Document type: payment_order
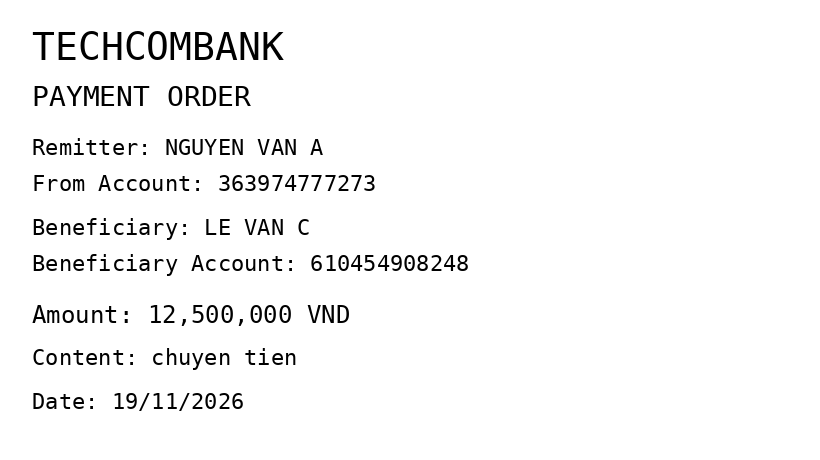
OCR transcript:
TECHCOMBANK
PAYMENT ORDER
Remitter: NGUYEN VAN A
From Account: 363974777273
Beneficiary: LE VAN C
Beneficiary Account: 610454908248
Amount: 12,500,000 VND
Content: chuyen tien
Date: 19/11/2026
Extracted fields:
bank_name: techcombank
sender_name: nguyen van a
sender_account: 363974777273
beneficiary_name: le van c
beneficiary_account: 610454908248
amount: 12500000
content: chuyen tien
date: 2026-11-19